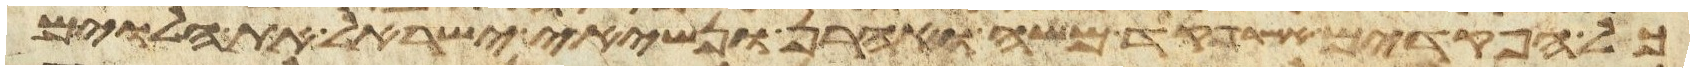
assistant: כל הפקדים אשר פקד משה ואהרן ונשיאי ישראל את הלוים